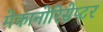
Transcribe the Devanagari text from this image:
मेकानोरिसेप्टर